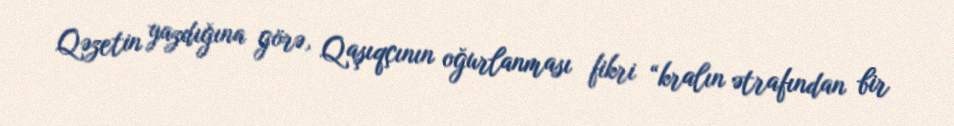
Qəzetin yazdığına görə, Qaşıqçının oğurlanması fikri “kralın ətrafından bir